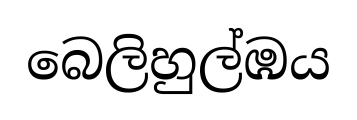
බෙලිහුල්ඹය